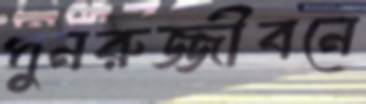
পুনরুজ্জীবনে